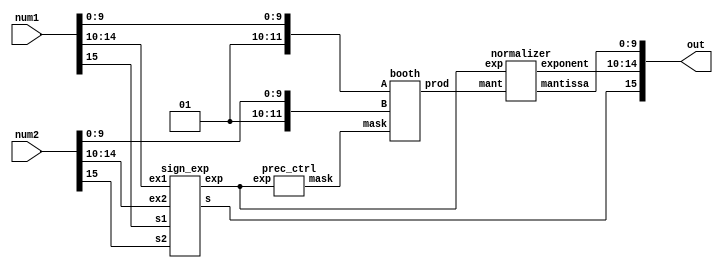
module hpm(input [15:0] num1,input [15:0] num2,output [15:0] out);
  
    wire s1,s2;
    wire [4:0] ex1,ex2;
    wire [11:0] m1,m2;
    
    wire s;
    wire [4:0] exp;
    wire [18:0] mant;
    wire [18:0] mask;
    wire [4:0] exponent;
    wire [9:0] mantissa; 
    
    
    assign s1=num1[15];
    assign s2=num2[15];
    assign ex1=num1[14:10];
    assign ex2=num2[14:10];
    assign m1={2'b01,num1[9:0]};//1 is added because only decimal value is written in mantissa
    assign m2={2'b01,num2[9:0]};//mantissa is not signed so we add 0 so that booth multiplier considers both as positive numbers
   

    
    sign_exp se(s1,s2,ex1,ex2,s,exp);
    prec_ctrl pc(exp,mask);
    booth bm(m1,m2,mask,mant);
    normalizer nz(mant,exp,exponent,mantissa);
    
    assign out={s,exponent,mantissa};

endmodule

module sign_exp(input s1,input s2,input [4:0] ex1,input [4:0] ex2,output s,output [4:0] exp);
    assign s=s1^s2;
    assign exp=ex1+ex2-5'd30;//bias =15 in IEEE754 Half Precision  
endmodule

module normalizer(input [18:0] mant,input [4:0] exp,output reg[4:0] exponent,output reg[9:0] mantissa);
   always@(*) 
   begin
       if(mant[18]==1'b1)
       begin
        mantissa=mant[17:8];
        exponent=exp+5'd19;
       end 
       else if(mant[17]==1'b1)
       begin
        mantissa=mant[16:7];
        exponent=exp+5'd17;
       end 
       else 
       begin
        mantissa=mant[15:6];
        exponent=exp+5'd15; 
       end      
       
   end
endmodule

module prec_ctrl(input [4:0] exp,output reg [18:0] mask);
    wire [3:0] rg;
    assign rg=exp[4:1];
    always@(*) begin
    case(rg) 
    4'b0000:mask=19'b1111111111111111111;
    4'b0001:mask=19'b1111111111111111110;
    4'b0010:mask=19'b1111111111111111100;
    4'b0011:mask=19'b1111111111111111000;
    4'b0100:mask=19'b1111111111111110000;
    4'b0101:mask=19'b1111111111111100000;
    4'b0110:mask=19'b1111111111111000000;
    4'b0111:mask=19'b1111111111110000000;
    4'b1000:mask=19'b1111111111110000000;
    4'b1001:mask=19'b1111111111111000000;
    4'b1010:mask=19'b1111111111111100000;
    4'b1011:mask=19'b1111111111111110000;
    4'b1100:mask=19'b1111111111111111000;
    4'b1101:mask=19'b1111111111111111100;
    4'b1110:mask=19'b1111111111111111110;
    4'b1111:mask=19'b1111111111111111111;
    default:mask=19'b1111111111111111111;
    endcase
    end
    
endmodule


module booth(input wire [11:0] A,input wire [11:0] B,input [18:0] mask,output wire [18:0] prod);
        reg [2:0] bits[5:0];
        reg [12:0] pp[5:0];
        
        wire [11:0] A_;//minus A
        wire [23:0] pp1,pp2,pp3,pp4,pp5,pp6;
        integer m1;
        assign A_=~A+1;
        
        always@(A or B or A_) begin
        
        bits[0]={B[1],B[0],1'b0};
        
        for(m1=1;m1<=5;m1=m1+1)
            bits[m1]={B[2*m1+1],B[2*m1],B[2*m1-1]};
        
        for(m1=0;m1<=5;m1=m1+1) begin
            case(bits[m1])
            
            3'b001:pp[m1]={1'b0,A};
            3'b010:pp[m1]={1'b0,A};
            3'b011:pp[m1]={A,1'b0};
            3'b100:pp[m1]={A_,1'b0};
            3'b101:pp[m1]={A_[11],A_};
            3'b110:pp[m1]={A_[11],A_};
            default:pp[m1]=12'b0;
                        
            endcase
        end
        end
        
         assign pp1={{11{pp[0][12]}},pp[0]};
       	 assign pp2={{9{pp[1][12]}},pp[1],2'b0};
         assign pp3={{7{pp[2][12]}},pp[2],4'b0};
       	 assign pp4={{5{pp[3][12]}},pp[3],6'b0};
	 assign pp5={{3{pp[4][12]}},pp[4],8'b0};
	 assign pp6={{{pp[5][12]}},pp[5],10'b0};
        pp_adder ppa(mask,pp1,pp2,pp3,pp4,pp5,pp6,prod);
        
endmodule

module pp_adder(input [18:0] mask, input [23:0] pp1,input [23:0] pp2,input [23:0] pp3,input [23:0] pp4,input [23:0] pp5,input [23:0] pp6,output reg[18:0] prod);
    always@(*) begin
    case(mask)
    19'b1111111111111111111: prod=pp1[23:5]+pp2[23:5]+pp3[23:5]+pp4[23:5]+pp5[23:5]+pp6[23:5];
    19'b1111111111111111110: prod={(pp1[23:6]+pp2[23:6]+pp3[23:6]+pp4[23:6]+pp5[23:6]+pp6[23:6]),1'b0};
    19'b1111111111111111100: prod={(pp1[23:7]+pp2[23:7]+pp3[23:7]+pp4[23:7]+pp5[23:7]+pp6[23:7]),2'b0};
    19'b1111111111111111000: prod={(pp1[23:8]+pp2[23:8]+pp3[23:8]+pp4[23:8]+pp5[23:8]+pp6[23:8]),3'b0};
    19'b1111111111111110000: prod={(pp1[23:9]+pp2[23:9]+pp3[23:9]+pp4[23:9]+pp5[23:9]+pp6[23:9]),4'b0};
    19'b1111111111111100000: prod={(pp1[23:10]+pp2[23:10]+pp3[23:10]+pp4[23:10]+pp5[23:10]+pp6[23:10]),5'b0};
    19'b1111111111111000000: prod={(pp1[23:11]+pp2[23:11]+pp3[23:11]+pp4[23:11]+pp5[23:11]+pp6[23:11]),6'b0};
    19'b1111111111110000000: prod={(pp1[23:12]+pp2[23:12]+pp3[23:12]+pp4[23:12]+pp5[23:12]+pp6[23:12]),7'b0};
    default:prod=19'd0; 
    endcase
    end 
endmodule